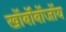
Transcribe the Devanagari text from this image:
खॉर्बॉबॉजॉय